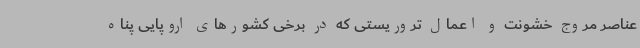
عناصر مروج خشونت و اعمال تروریستی که در برخی کشورهای اروپایی پناه